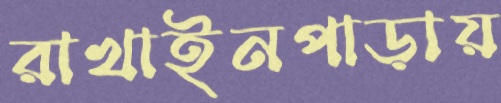
রাখাইনপাড়ায়